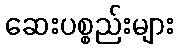
ဆေးပစ္စည်းများ